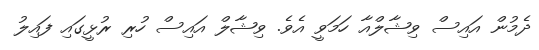
ދެމުން އައިސް ވިޝާލްއާ ހަމަވީ އެވެ. ވިޝާލް އައިސް ހުރި ރުޅީގައި ފައިލު